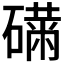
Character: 𥕾